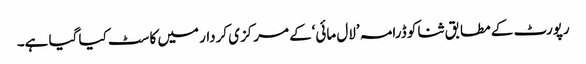
رپورٹ کے مطابق ثنا کو ڈرامہ ’لال مائی‘کے مرکزی کردار میں کاسٹ کیا گیا ہے۔